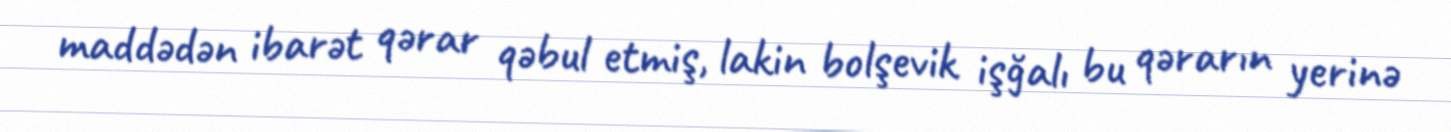
maddədən ibarət qərar qəbul etmiş, lakin bolşevik işğalı bu qərarın yerinə